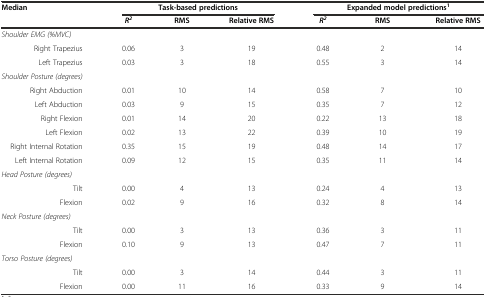
<table><thead><tr><td><b>Median</b></td><td colspan="3"><b>Task-based predictions</b></td><td colspan="3"><b>Expanded model predictions<sup>1</sup></b></td></tr><tr><td></td><td><b><i>R</i><sup><i>2</i></sup></b></td><td><b>RMS</b></td><td><b>Relative RMS</b></td><td><b><i>R</i><sup><i>2</i></sup></b></td><td><b>RMS</b></td><td><b>Relative RMS</b></td></tr></thead><tbody><tr><td><i>Shoulder EMG (%MVC)</i></td><td></td><td></td><td></td><td></td><td></td><td></td></tr><tr><td>Right Trapezius</td><td>0.06</td><td>3</td><td>19</td><td>0.48</td><td>2</td><td>14</td></tr><tr><td>Left Trapezius</td><td>0.03</td><td>3</td><td>18</td><td>0.55</td><td>3</td><td>14</td></tr><tr><td><i>Shoulder Posture (degrees)</i></td><td></td><td></td><td></td><td></td><td></td><td></td></tr><tr><td>Right Abduction</td><td>0.01</td><td>10</td><td>14</td><td>0.58</td><td>7</td><td>10</td></tr><tr><td>Left Abduction</td><td>0.03</td><td>9</td><td>15</td><td>0.35</td><td>7</td><td>12</td></tr><tr><td>Right Flexion</td><td>0.01</td><td>14</td><td>20</td><td>0.22</td><td>13</td><td>18</td></tr><tr><td>Left Flexion</td><td>0.02</td><td>13</td><td>22</td><td>0.39</td><td>10</td><td>19</td></tr><tr><td>Right Internal Rotation</td><td>0.35</td><td>15</td><td>19</td><td>0.48</td><td>14</td><td>17</td></tr><tr><td>Left Internal Rotation</td><td>0.09</td><td>12</td><td>15</td><td>0.35</td><td>11</td><td>14</td></tr><tr><td><i>Head Posture (degrees)</i></td><td></td><td></td><td></td><td></td><td></td><td></td></tr><tr><td>Tilt</td><td>0.00</td><td>4</td><td>13</td><td>0.24</td><td>4</td><td>13</td></tr><tr><td>Flexion</td><td>0.02</td><td>9</td><td>16</td><td>0.32</td><td>8</td><td>14</td></tr><tr><td><i>Neck Posture (degrees)</i></td><td></td><td></td><td></td><td></td><td></td><td></td></tr><tr><td>Tilt</td><td>0.00</td><td>3</td><td>13</td><td>0.36</td><td>3</td><td>11</td></tr><tr><td>Flexion</td><td>0.10</td><td>9</td><td>13</td><td>0.47</td><td>7</td><td>11</td></tr><tr><td><i>Torso Posture (degrees)</i></td><td></td><td></td><td></td><td></td><td></td><td></td></tr><tr><td>Tilt</td><td>0.00</td><td>3</td><td>14</td><td>0.44</td><td>3</td><td>11</td></tr><tr><td>Flexion</td><td>0.00</td><td>11</td><td>16</td><td>0.33</td><td>9</td><td>14</td></tr></tbody></table>